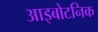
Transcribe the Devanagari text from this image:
आइबोटनिक